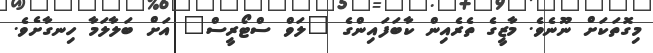
މިގޮތަކަށް ނޫނެވެ. މާޒީގެ ތެރެއިން ކާބަފައިންގެ "ލަވް ސްޓޯރީސް" އަށް ބަލާލަމާ ހިނގާށެވެ.